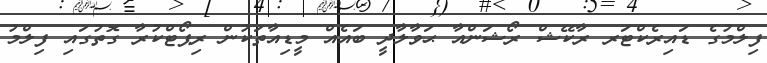
ފިލްމުގެ ޑައިރެކްޓަރ ރާކޭޝް ރޯޝަންއާ ޙަވާލާދީ ބައެއް މީޑިއާތަކުން ރިޕޯޓްކުރާ ގޮތުގައި ފިލްމު